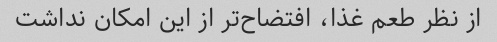
از نظر طعم غذا، افتضاح‌تر از این امکان نداشت